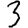
Digit: 3